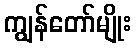
ကျွန်တော်မျိုး